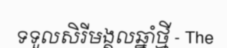
ទទួលសិរីមង្គលឆ្នាំថ្មី - The